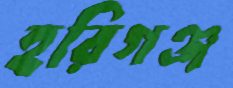
হরিগঞ্জ